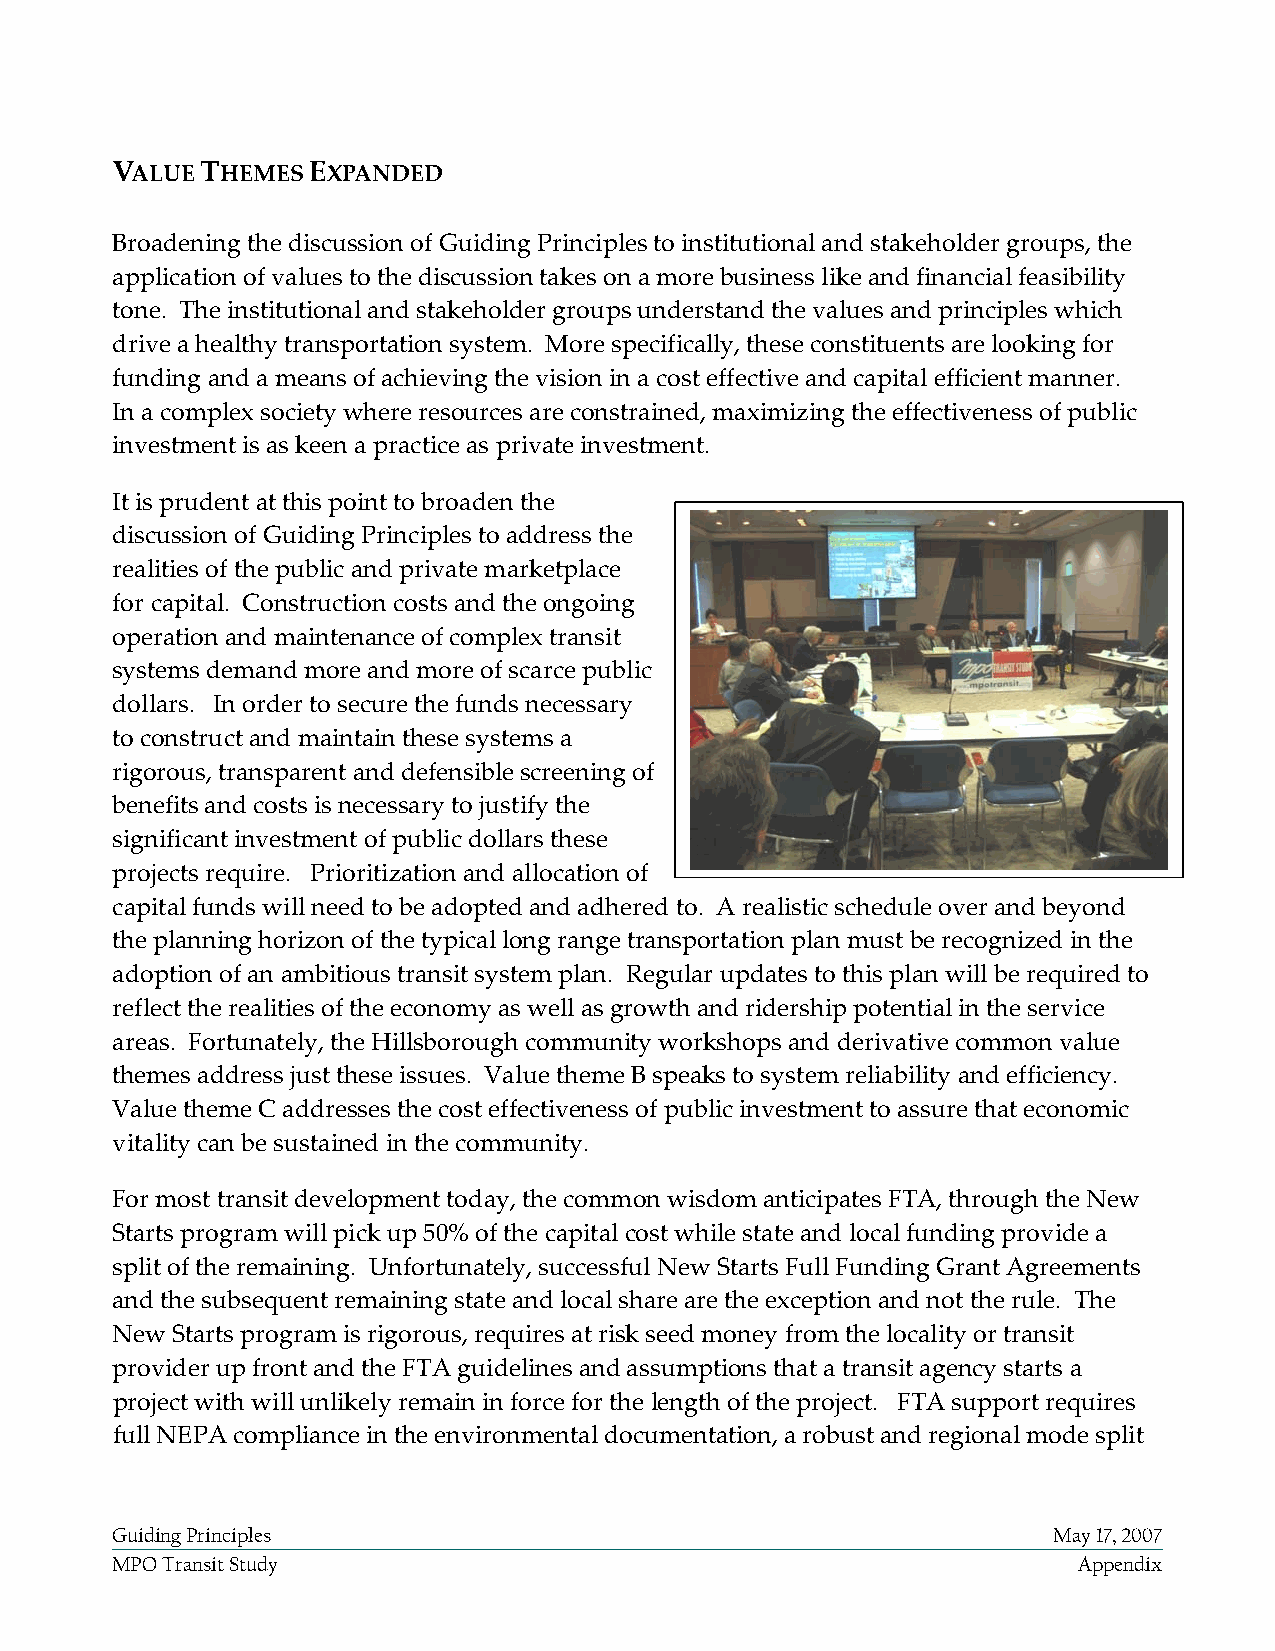
VALUE THEMES EXPANDED
 Broadening the discussion of Guiding Principles to institutional and stakeholder groups, the
 application of values to the discussion takes on a more business like and financial feasibility
 tone. The institutional and stakeholder groups understand the values and principles which
 drive a healthy transportation system. More specifically, these constituents are looking for
 funding and a means of achieving the vision in a cost effective and capital efficient manner.
 In a complex society where resources are constrained, maximizing the effectiveness of public
 investment is as keen a practice as private investment.
 It is prudent at this point to broaden the
 discussion of Guiding Principles to address the
 realities of the public and private marketplace
 for capital. Construction costs and the ongoing
 operation and maintenance of complex transit
 systems demand more and more of scarce public
 dollars. In order to secure the funds necessary
 to construct and maintain these systems a
 rigorous, transparent and defensible screening of
 benefits and costs is necessary to justify the
 significant investment of public dollars these
 projects require. Prioritization and allocation of
 capital funds will need to be adopted and adhered to. A realistic schedule over and beyond
 the planning horizon of the typical long range transportation plan must be recognized in the
 adoption of an ambitious transit system plan. Regular updates to this plan will be required to
 reflect the realities of the economy as well as growth and ridership potential in the service
 areas. Fortunately, the Hillsborough community workshops and derivative common value
 themes address just these issues. Value theme B speaks to system reliability and efficiency.
 Value theme C addresses the cost effectiveness of public investment to assure that economic
 vitality can be sustained in the community.
 For most transit development today, the common wisdom anticipates FTA, through the New
 Starts program will pick up 50% of the capital cost while state and local funding provide a
 split of the remaining. Unfortunately, successful New Starts Full Funding Grant Agreements
 and the subsequent remaining state and local share are the exception and not the rule. The
 New Starts program is rigorous, requires at risk seed money from the locality or transit
 provider up front and the FTA guidelines and assumptions that a transit agency starts a
 project with will unlikely remain in force for the length of the project. FTA support requires
 full NEPA compliance in the environmental documentation, a robust and regional mode split
 Guiding Principles                                             May 17, 2007
 MPO Transit Study                                               Appendix